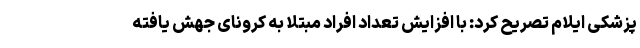
پزشکی ایلام تصریح کرد: با افزایش تعداد افراد مبتلا به کرونای جهش یافته